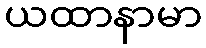
ယထာနာမာ